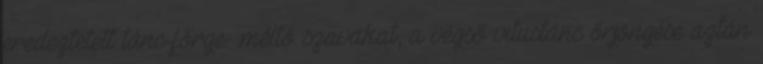
eredeztetett tánc-förge- méltó szavakat, a végső vitustánc őrjöngése aztán